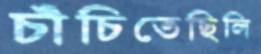
চাঁচিতেছিলি